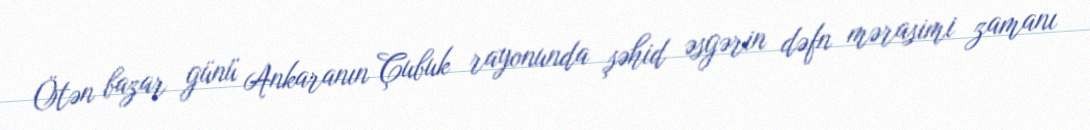
Ötən bazar günü Ankaranın Çubuk rayonunda şəhid əsgərin dəfn mərasimi zamanı